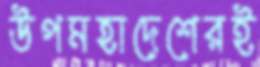
উপমহাদেশেরই